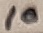
Text: 10